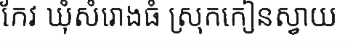
កែវ ឃុំសំរោងធំ ស្រុកកៀនស្វាយ